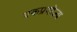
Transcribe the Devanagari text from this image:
एकप्रयोज्य